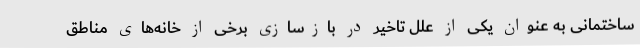
ساختمانی به عنوان یکی از علل تاخیر در بازسازی برخی از خانه‌های مناطق